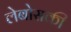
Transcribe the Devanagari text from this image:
लेबोसकी